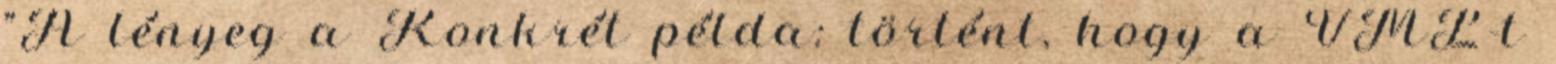
"A lényeg a Konkrét példa: történt, hogy a VML-t